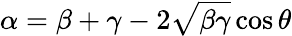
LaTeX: \alpha=\beta+\gamma-2\sqrt{\beta\gamma}\cos\theta